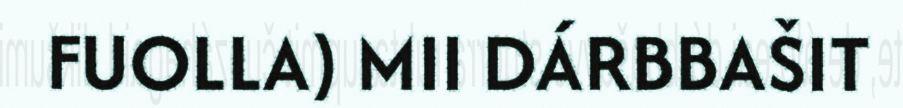
FUOLLA) MII DÁRBBAŠIT